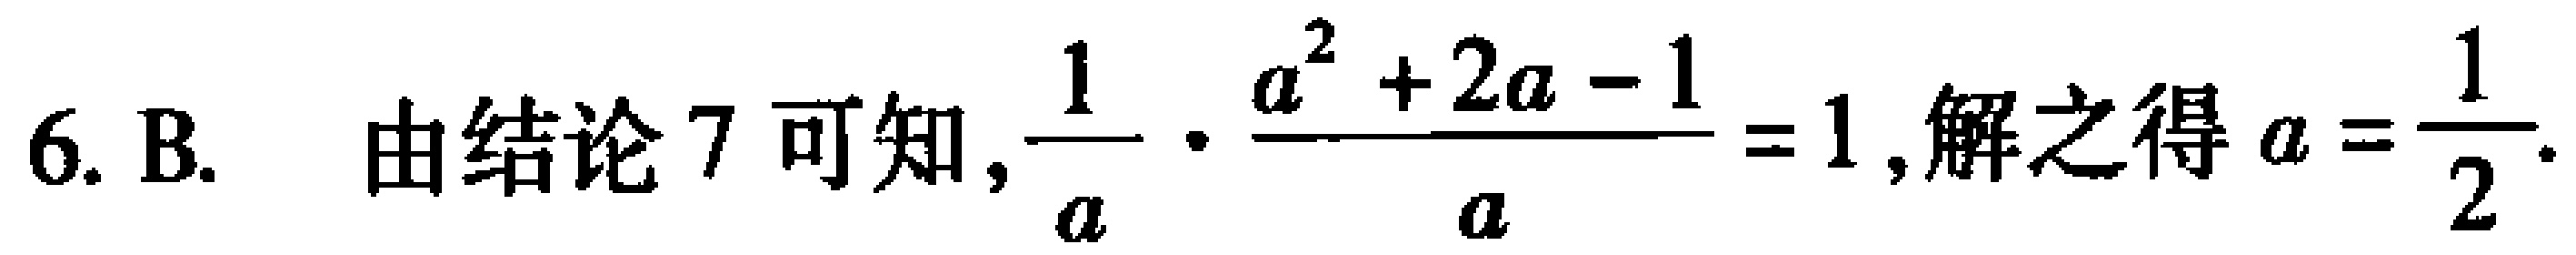
6. B. 由结论 7 可知, $\frac{1}{a} \cdot \frac{a^{2}+2a - 1}{a}=1$,解之得 $a = \frac{1}{2}$.